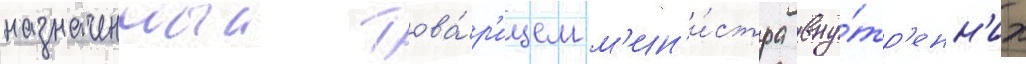
назначенныи това́р'ищем м'ин'и́стра вну́тр'енн'их